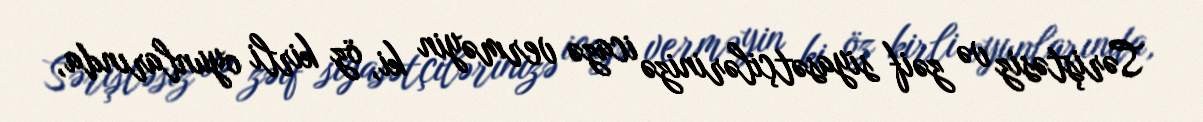
Səriştəsiz və zəif siyasətçilərinizə icazə verməyin ki, öz kirli oyunlarında,